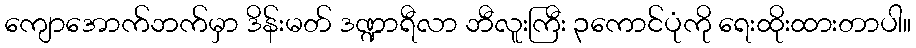
ကျောအောက်ဘက်မှာ ဒိန်းမတ် ဒဏ္ဍာရီလာ ဘီလူးကြီး ၃ကောင်ပုံကို ရေးထိုးထားတာပါ။